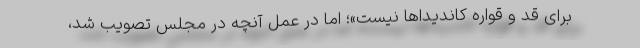
برای قد و قواره کاندیداها نیست»؛ اما در عمل آنچه در مجلس تصویب شد،